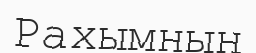
Рахымның